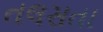
તલસતા